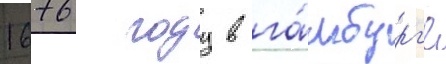
1676 году в га́мбург'е